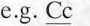
e.g. \underline{Cc}